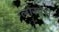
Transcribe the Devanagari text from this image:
ग्लोस्पेस